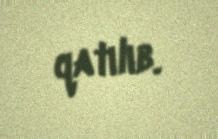
qatılıb.